Vaccination in Bombay 1869-1873 - 1869-1873
Year: 1869
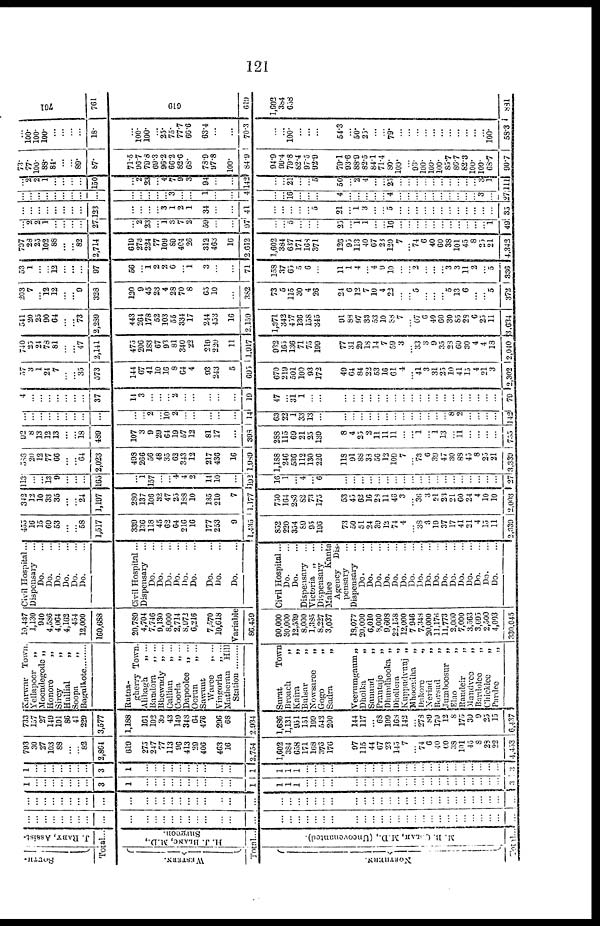
121
South-
J. RAHY, Assist¬
Total...
WESTERN.
H. J. BLANC, M.D.,
Surgeon.
Total...
NORTHERN.
M. R. COLAH, M.D., (Uncovenanted).
Total...
...
...
...
...
...
...
...
...
...
...
...
...
...
...
...
...
...
...
...
...
...
...
...
...
...
...
...
...
...
...
...
...
...
...
...
...
...
...
...
...
...
...
...
...
...
...
...
...
...
...
...
...
...
...
...
...
...
...
...
...
...
...
...
...
...
...
...
...
...
...
...
...
...
...
...
...
...
...
...
...
...
...
...
...
...
...
...
...
...
...
...
...
...
...
1
...
...
...
...
...
...
...
3
1
...
...
...
...
...
...
...
...
...
...
1
1
1
1
...
...
...
...
...
...
...
...
...
...
...
...
...
...
...
...
...
...
...
...
...
...
3
1
...
...
...
...
...
...
...
3
1
...
...
...
...
...
...
...
...
...
...
1
1
1
1
...
...
...
...
...
...
...
...
...
...
...
...
...
...
...
...
...
...
...
...
...
...
3
793
30
27
103
88
...
... 82
2,804
619
275
247
77
113
96
413
29
406
463
16
2,754
1,602
384
658
171
168
376
176
97
115
44
67
23
145
7
... 74
6
40
60
38
101
45
8
28
22
4,453
733
157
27
140
101
86
41
229
3,577
1,188
161
102
39
43
149
348
64
476
296
68
2,934
1,686
1,131
951
151
199
542
200
144
117
... 68
109
168
142
... 278
89
179
12
8
175
39
9
25
15
6,437
Karwar Town.
Yellapoor
„
Moondegode „
Honoro
„
Sircy
„
Hullial „
Soopa
„
Bagulkote ............
Rutna¬
gherry Town.
Alibagh „ ...
Bandora
„ ...
Bhewndy „ ...
Callian
„ ...
Coorla
„ ...
Dapoolee „ ...
Oorun
„ ...
Sawunt
Waree
„ ...
Vingorla
„ ...
Matheran Hill
Station .........
Surat
Town
Brooch
„
Kaira
„
Bulsar „
Nowsaree
„
Gogo
„
Sadra
„
Veerumgaum„
Dholka
„
Sanund
„
Prantaje
„
Dhundhooka „
Dhollera
„
Kuppudvunj „
Mhoondha
„
Dakore
„
Neriad
„
Borsud
„
Jumboosur
„
Elao
„
Randeir
„
Mandvee
„
Bardolee
„
Chicklee
„
Pardee
„
10,437
1,130
940
4,586
4,064
4,162
454
12,000
160,688
20,789
4,704
7,746
9,130
8,000
2,714
8,972
6,216
7,570
10,618
Variable
86,459
90,000
30,000
12,539
8,000
1,385
8,227
3,037
18,077
20,000
6,010
8,000
9,608
22,158
12,000
7,946
7,348
20,000
11,176
11,773
2,000
7,000
3,563
3,695
2,500
4,003
330,045
Civil Hospital...
Dispensary ...
Do. ...
Do. ...
Do. ...
Do. ...
Do. ...
Do. ...
Civil Hospital...
Dispensary ...
Do. ...
Do. ...
Do. ...
Do. ...
Do. ...
Do. ...
Do. ...
Do. ...
Do. ...
Civil Hospital...
Do. ...
Do. ...
Dispensary
...
Victoria „ ...
Dispensary
...
Mahee
Kanta
Agency
Dis-
pensary ...
Dispensary
...
Do. ...
Do. ...
Do. ...
Do. ...
Do. ...
Do. ...
Do. ...
Do. ...
Do. ...
Do. ...
Do. ...
Do. ...
Do. ...
Do. ...
Do. ...
Do. ...
Do. ...
455
16
15
69
53
...
... 58
1,517
339
136
118
45
62
64
216
16
177
253
9
1,435
852
220
354
89
95
196
73
50
51
24
39
12
74
4
... 38
3
19
37
17
41
21
4
15
11
2,339
342
12
10
33
35
...
... 24
1,197
280
137
106
32
47
25
188
10
135
210
7
1,177
750
164
283
82
73
175
53
45
62
16
28
11
46
3
... 36
3
21
23
21
60
24
4
10
10
2,003
113
...
... 13
9
...
...
...
165
...
1
157
...
... 4
4
2
14
10
...
192
16
1
... 4
... 6
...
...
...
...
...
...
...
...
...
...
...
...
...
...
...
...
...
...
...
27
583
20
12
77
66
...
... 64
2,023
498
266
56
48
35
62
343
12
217
436
16
1,980
1,188
246
536
112
130
226
118
91
88
38
56
12
109
7
... 73
6
39
47
30
88
45
8
25
21
3,339
92
8
13
12
13
...
... 18
489
107
3
9
29
64
19
57
12
81
17
...
398
288
115
69
21
25
139
8
4
25
2
11
11
11
...
...
1
... 1
13
...
11
...
...
...
...
755
...
...
...
...
...
...
...
...
...
...
... 2
... 10
2
...
...
...
...
...
14
63
22
1
33
13
...
...
...
...
...
...
...
...
...
...
...
...
...
... 8
2
...
...
...
...
142
4
...
...
...
...
...
...
...
37
14
3
...
...
... 2
...
...
...
...
...
19
47
... 31
1
...
...
...
...
...
...
...
...
...
...
...
...
...
...
...
...
...
...
...
...
...
79
57
3
1
24
7
...
... 35
573
144
67
41
10
16
8
64
4
93
243
5
695
670
219
501
100
93
172
49
64
84
22
53
16
61
4
... 41
3
31
25
10
41
15
4
21
3
2,302
740
25
24
78
81
...
... 47
2,141
475
206
183
67
93
81
340
22
219
220
11
1,917
932
165
136
71
75
199
77
31
29
18
14
7
59
3
... 33
3
9
35
28
60
30
4
4
18
2,040
541
20
25
90
64
...
... 73
2,289
443
264
178
52
103
55
334
17
214
453
16
2,159
1,371
342
457
136
158
345
91
88
97
33
53
10
88
7
... 67
6
40
60
30
85
28
6
25
11
3,634
203
7
... 12
12
...
... 9
328
120
9
45
23
4
28
70
8
65
10
...
382
73
5
115
30
4
26
24
6
12
7
10
4
22
...
... 5
...
...
... 5
13
6
...
... 5
372
53
1
...
... 12
...
...
...
97
50
... 1 2
2
6
... 1
3
...
...
71
158
37
65
5
6
...
11
1
4
... 4
9
10
...
... 2
...
...
... 3
3
11
2
... 5
336
707
28
25
102
88
...
... 82
2,714
619
273
224
77
109
89
404
26
312
463
16
2,612
1,602
384
637
171
168
371
126
95
113
40
67
23
120
7
... 74
6
40
60
38
101
45
8
25
21
4,342
... 2
2
1
...
...
...
...
27
...
2
23
... 1
3
7
2
59
...
...
97
...
... 5
...
...
...
25
...
1 1
...
... 16
...
...
...
...
...
...
...
...
...
...
...
1
49
...
...
...
...
...
...
...
...
123
...
...
...
... 3
1
2
1
34
...
...
41
...
...
...
...
... 5
21
... 1
3
...
... 5
...
...
...
...
...
...
...
...
...
...
...
...
35
...
...
...
...
...
...
...
...
...
...
...
...
...
...
3
...
...
1
...
...
4
...
... 16
...
...
...
4
...
...
...
...
... 4
...
...
...
...
...
...
...
...
...
... 3
...
27
... 2
2
1
...
...
...
...
150
...
2
23
... 4
7
9
3
94
...
...
142
...
... 21
...
... 5
50
... 2
4
...
...
25
...
...
...
...
...
...
...
...
...
... 3
1
111
73.
77.
100.
88.
84.
...
... 89.
87.
71.5
96.7
79.8
69.3
96.2
66.2
82.6
68.
78.9
97.8
100.
84.9
94.9
99.4
79.8
82.4
97.5
92.9
79.1
93.6
88.9
82.5
84.1
71.4
80.
100.
... 93.
100.
100. 100.
85.7
86.7
82.3
100.
100.
68.7
90.7
... 100.
100.
100.
...
...
...
...
18.
...
100.
100.
... 25.
75.
77.7
66.6
63.4
...
...
70.3
...
... 100.
...
...
...
54.3
... 50.
25.
...
... 79.
...
...
...
...
...
...
...
...
...
...
... 100.
58.3
761
761
619
619
1,602
384
658
881